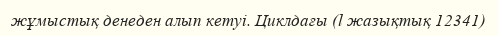
жұмыстық денеден алып кетуі. Циклдағы (l жазықтық 12341)